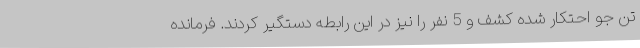
تن جو احتکار شده کشف و 5 نفر را نیز در این رابطه دستگیر کردند. فرمانده